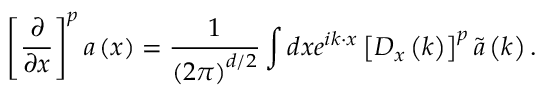
\left[ \frac { \partial } { \partial x } \right] ^ { p } \boldsymbol { a } \left( \boldsymbol { x } \right) = \frac { 1 } { \left( 2 \pi \right) ^ { d / 2 } } \int d \boldsymbol { x } e ^ { i \boldsymbol { k } \cdot \boldsymbol { x } } \left[ D _ { x } \left( \boldsymbol { k } \right) \right] ^ { p } \tilde { \boldsymbol { a } } \left( \boldsymbol { k } \right) .